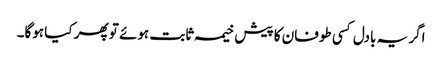
اگر یہ بادل کسی طوفان کا پیش خیمہ ثابت ہوئے تو پھر کیا ہوگا۔